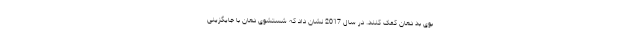
بوی بد دهان کمک کنند. در سال 2017 نشان داد که شستشوی دهان با جایگزینی